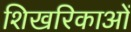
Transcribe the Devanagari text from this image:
शिखरिकाओं